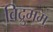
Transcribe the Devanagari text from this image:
विद्रुमम्